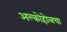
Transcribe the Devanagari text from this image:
अल्कोहोलचा